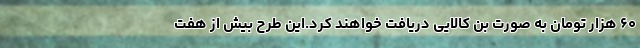
۶۰ هزار تومان به صورت بن کالایی دریافت خواهند کرد.این طرح بیش از هفت